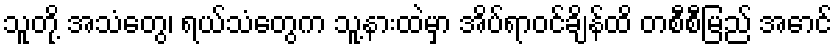
သူတို့ အသံတွေ၊ ရယ်သံတွေက သူ့နားထဲမှာ အိပ်ရာဝင်ချိန်ထိ တစီစီမြည် အောင်